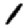
Digit: 1